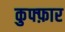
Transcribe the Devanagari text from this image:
कुफ्फ़ार